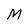
Character: M